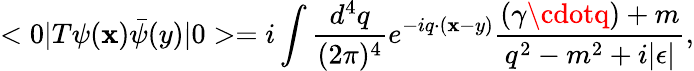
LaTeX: <0|T\psi(\mathbf{x})\bar{{\psi}}(y)|0>=i\int\frac{{d^{4}q}}{{(2\pi)^{4}}}e^{-iq\cdot(\mathbf{x}-y)}\frac{{(\gamma\cdotq)+m}}{{q^{2}-m^{2}+i|\epsilon|}},